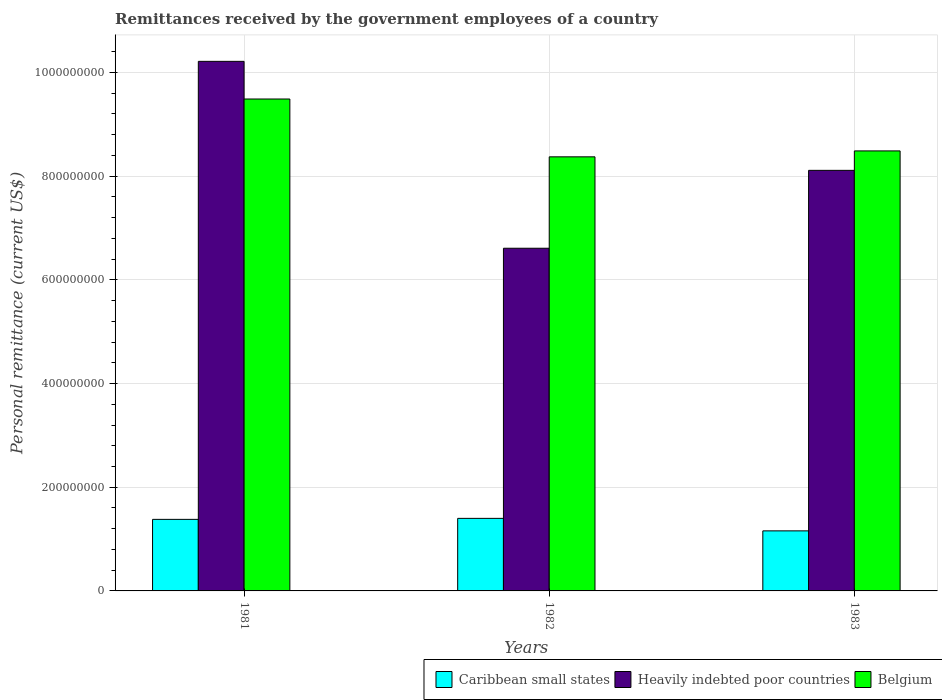
| Years | Caribbean small states | Heavily indebted poor countries | Belgium |
 | --- | --- | --- | --- |
 | 1981 | 1.38e+08 | 1.02e+09 | 9.49e+08 |
 | 1982 | 1.4e+08 | 6.61e+08 | 8.37e+08 |
 | 1983 | 1.16e+08 | 8.11e+08 | 8.49e+08 |